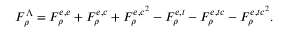
F _ { \rho } ^ { \Lambda } = F _ { \rho } ^ { e , e } + F _ { \rho } ^ { e , c } + F _ { \rho } ^ { e , c ^ { 2 } } - F _ { \rho } ^ { e , t } - F _ { \rho } ^ { e , t c } - F _ { \rho } ^ { e , t c ^ { 2 } } .